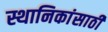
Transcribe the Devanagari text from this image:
स्थानिकांसाठी